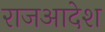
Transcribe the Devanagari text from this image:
राजआदेश